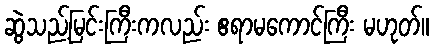
ဆွဲသည့်မြင်းကြီးကလည်း ဧရာမကောင်ကြီး မဟုတ်။